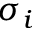
\sigma _ { i }